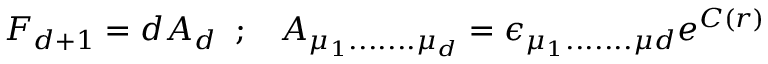
F _ { d + 1 } = d A _ { d } \; \; ; \; \; \; A _ { \mu _ { 1 } . . . . . . . \mu _ { d } } = \epsilon _ { \mu _ { 1 } . . . . . . . \mu { d } } e ^ { C ( r ) }